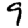
Digit: 9